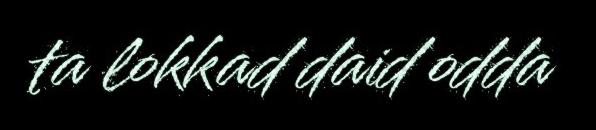
ta lokkad daid odda